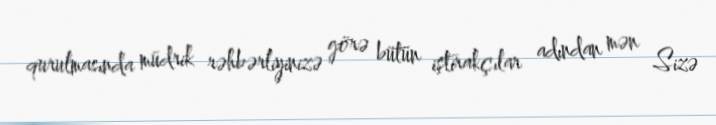
qurulmasında müdrik rəhbərliyinizə görə bütün iştirakçılar adından mən Sizə